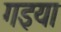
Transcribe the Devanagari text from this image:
गइया